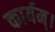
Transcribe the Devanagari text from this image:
कार्यम्।